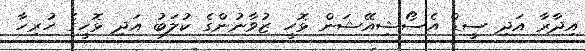
އިދާރާ އަދި ސީޑް އެސޯޝިއޭޝަން ޅޮހީ ޒުވާނުންގެ ކުލަބު އަދި ޅޮހީގެ ހުރިހާ